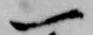
一